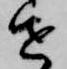
せ